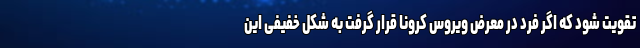
تقویت شود که اگر فرد در معرض ویروس کرونا قرار گرفت به شکل خفیفی این